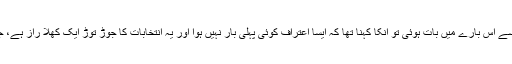
احمد نورانی صاحب سے اس بارے میں بات ہوئی تو انکا کہنا تھا کہ ایسا اعتراف کوئی پہلی بار نہیں ہوا اور یہ انتخابات کا جوڑ توڑ ایک کھلا راز ہے، جسے سب جانتے ہیں۔